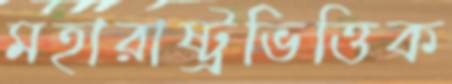
মহারাষ্ট্রভিত্তিক